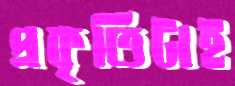
প্রকৃতিটাই